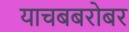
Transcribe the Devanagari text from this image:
याचबबरोबर